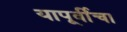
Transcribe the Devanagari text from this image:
यापूर्वीचा